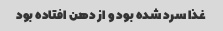
غذا سرد شده بود و از دهن افتاده بود